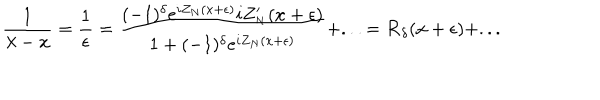
LaTeX: \displaystyle \frac { 1 } { \lambda - x } = \displaystyle \frac { 1 } { \epsilon } = \displaystyle \frac { ( - 1 ) ^ { \delta } e ^ { i Z _ { N } ( x + \epsilon ) } i Z _ { _ { N } } ^ { \prime } ( x + \epsilon ) } { 1 + ( - 1 ) ^ { \delta } e ^ { i Z _ { N } ( x + \epsilon ) } } + . . . = { \cal R } _ { \delta } ( x + \epsilon ) + . . .